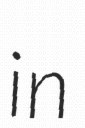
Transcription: in